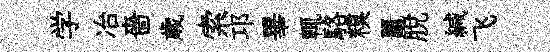
学冶嗇歳索邛畢輒駱糗鼉脫緘飞